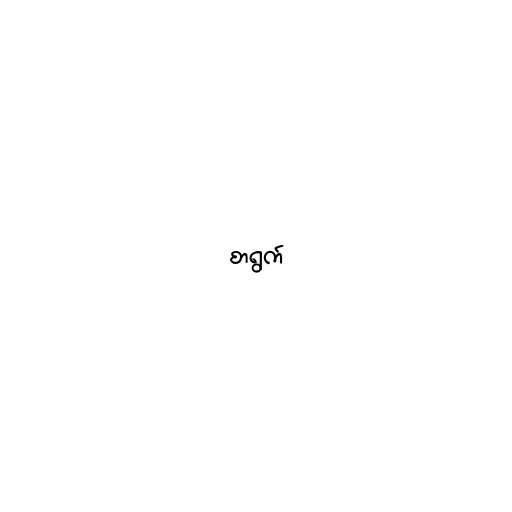
စာရွက်